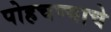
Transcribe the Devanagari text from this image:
पोहचण्याचे